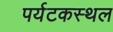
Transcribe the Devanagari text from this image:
पर्यटकस्थल